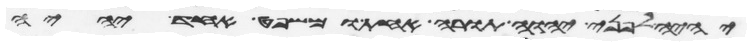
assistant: יהיה לפני יהוה תורה אחת ומשפט אחד יהיה